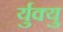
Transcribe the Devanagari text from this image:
र्युक्यु